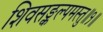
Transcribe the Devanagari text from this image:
शिवसङ्कल्पमस्तु॥१॥